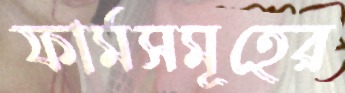
ফার্মসমূহের